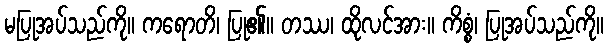
မပြုအပ်သည်ကို။ ကရောတိ၊ ပြု၏။ တဿ၊ ထိုလင်အား။ ကိစ္စံ၊ ပြုအပ်သည်ကို။